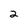
Character: 2